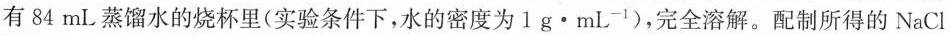
有84mL蒸馏水的烧杯里(实验条件下，水的密度为$$1 g \cdot m L^{-1}$$)，完全溶解。配制所得的NaCl